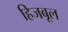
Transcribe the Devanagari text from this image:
हिजबूल